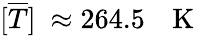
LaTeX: [\overline{{T}}]~\approx 264.5~\: ~\mathrm{~K~}